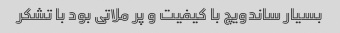
بسیار ساندویچ با کیفیت و پر ملاتی بود با تشکر